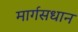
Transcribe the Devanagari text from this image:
मार्गसधान